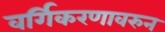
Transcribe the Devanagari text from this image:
वर्गिकरणावरुन